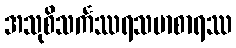
အသုစိသင်္ကဿရသမာစာရဿ